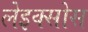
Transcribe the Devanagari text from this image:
लेइक्सोस